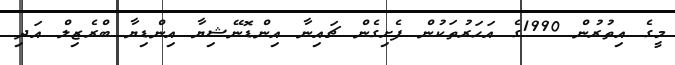
މީގެ އިތުރުން 1990ގެ އަހަރުތަކުން ފެށިގެން ޗައިނާ އިންޑޮނޭޝިޔާ އިންޑިޔާ ބްރެޒިލް އަދި